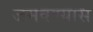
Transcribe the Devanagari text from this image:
जमवण्यास